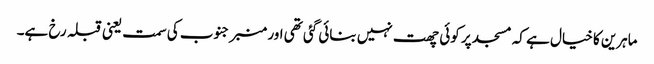
ماہرین کا خیال ہے کہ مسجد پر کوئی چھت نہیں بنائی گئی تھی اور منبر جنوب کی سمت یعنی قبلہ رخ ہے۔